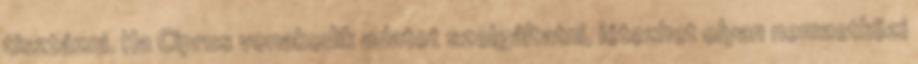
tisztázni. Ha Ciprus vonakodik adatot szolgáltatni, létezhet olyan nemzetközi